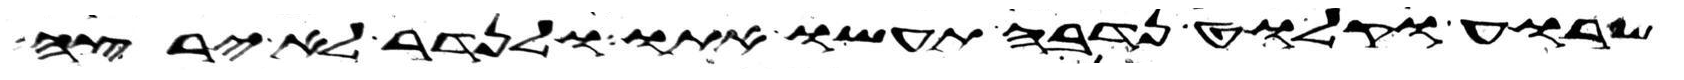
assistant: שרוע וקלוט נדבה תעשו אתו ולנדר לא ירצה